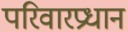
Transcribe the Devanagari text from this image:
परिवारप्रधान